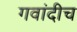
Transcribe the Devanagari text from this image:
गवांदीच